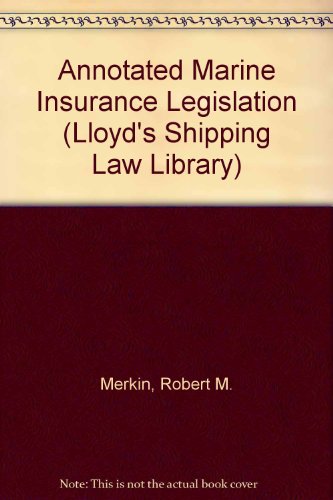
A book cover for Annotated Marine Insurance Legislation (Lloyd's Shipping Law Library); Professor Robert M. Merkin; Law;